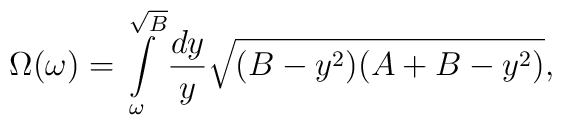
\Omega(\omega)=\int\limits_{\omega}^{\sqrt{B}} {dy \over y}\sqrt{(B-y^{2})(A+B-y^{2})} ,